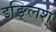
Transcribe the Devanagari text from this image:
इङ्लिश्